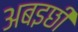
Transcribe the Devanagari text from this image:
अबइछी